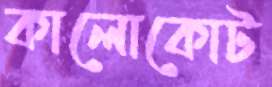
কালোকোট